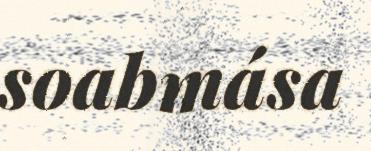
soabmása